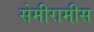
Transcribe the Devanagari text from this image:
सेमीरामीस